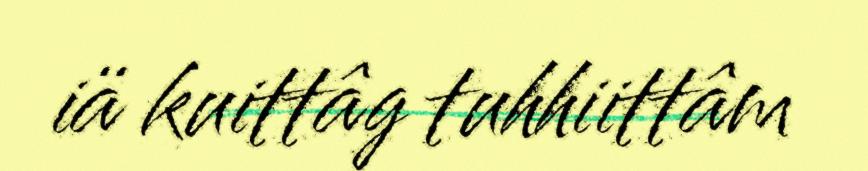
iä kuittâg tuhhiittâm